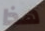
هذا